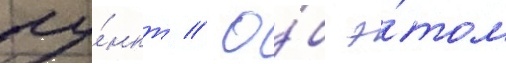
пу́нкт // О́б э́том